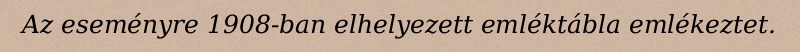
Az eseményre 1908-ban elhelyezett emléktábla emlékeztet.